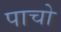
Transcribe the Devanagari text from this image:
पाचो